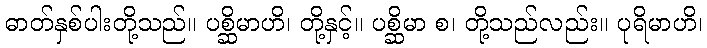
ဓာတ်နှစ်ပါးတို့သည်။ ပစ္ဆိမာဟိ၊ တို့နှင့်။ ပစ္ဆိမာ စ၊ တို့သည်လည်း။ ပုရိမာဟိ၊